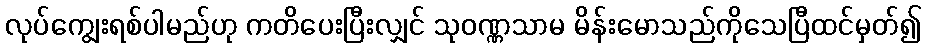
လုပ်ကျွေးရစ်ပါမည်ဟု ကတိပေးပြီးလျှင် သုဝဏ္ဏသာမ မိန်းမောသည်ကိုသေပြီထင်မှတ်၍